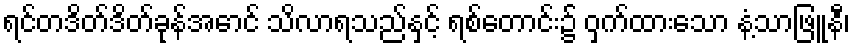
ရင်တဒိတ်ဒိတ်ခုန်အောင် သိလာရသည်နှင့် ရစ်တောင်း၌ ဝှက်ထားသော နံ့သာဖြူနီ၊